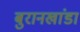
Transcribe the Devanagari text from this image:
बुरानखांडा